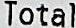
TOTAL